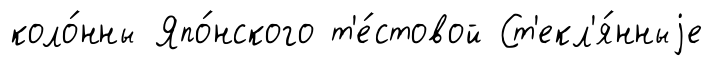
коло́нны Япо́нского т'е́стовой Ст'екл'я́нныjе